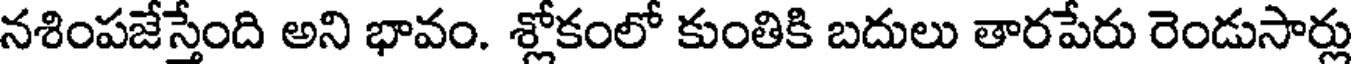
నశింపజేస్తేంది అని భావం. శ్లోకంలో కుంతికి బదులు తారపేరు రెండుసార్లు